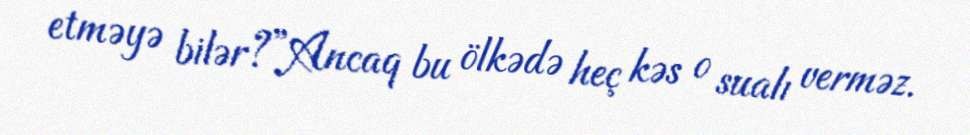
etməyə bilər?”Ancaq bu ölkədə heç kəs o sualı verməz.